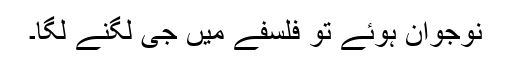
نوجوان ہوئے تو فلسفے میں جی لگنے لگا۔